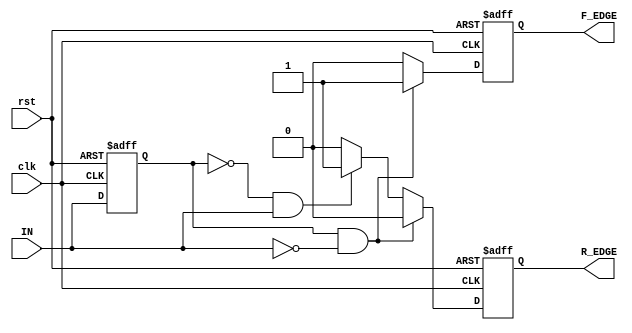
module SchmittTriggerEdgeDetector (
    input wire clk,                // Clock input
    input wire rst,                // Asynchronous reset
    input wire IN,                 // Input signal
    output reg R_EDGE,             // Rising edge output
    output reg F_EDGE              // Falling edge output
);
    
    // Hysteresis thresholds
    parameter LOW_THRESHOLD = 1'b0; // Low threshold voltage (adjustable)
    parameter HIGH_THRESHOLD = 1'b1; // High threshold voltage (adjustable)

    reg prev_state;                 // Previous state of the input signal

    // Initial block for reset
    initial begin
        R_EDGE = 1'b0;
        F_EDGE = 1'b0;
        prev_state = LOW_THRESHOLD; // Initialize with known state
    end

    // Edge Detection Logic
    always @(posedge clk or posedge rst) begin
        if (rst) begin
            R_EDGE <= 1'b0;          // Reset rising edge output
            F_EDGE <= 1'b0;          // Reset falling edge output
            prev_state <= LOW_THRESHOLD; // Reset previous state
        end else begin
            // Store the previous state
            prev_state <= IN;

            // Rising edge detection
            if (prev_state == LOW_THRESHOLD && IN == HIGH_THRESHOLD) begin
                R_EDGE <= 1'b1;       // Detect rising edge
                F_EDGE <= 1'b0;       // Ensure falling edge output is low
            end else begin
                R_EDGE <= 1'b0;       // No rising edge detected
            end
            
            // Falling edge detection
            if (prev_state == HIGH_THRESHOLD && IN == LOW_THRESHOLD) begin
                F_EDGE <= 1'b1;       // Detect falling edge
                R_EDGE <= 1'b0;       // Ensure rising edge output is low
            end else begin
                F_EDGE <= 1'b0;       // No falling edge detected
            end
        end
    end

endmodule